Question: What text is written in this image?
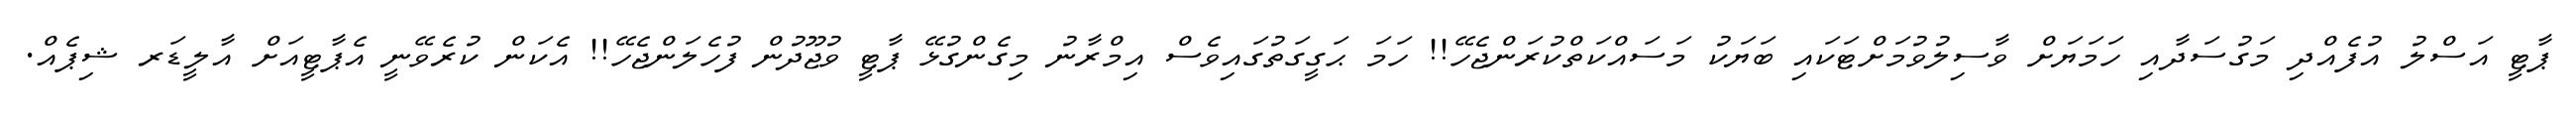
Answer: ޕާޓީ އަސްލު އުފެއްދި މަގުސަދާއި ހަމަޔަށް ވާސިލުވުމަށްޓަކައި ބަޔަކު މަސައްކަތްކުރަންޖެހޭ!! ހަމަ ޙަގީގަތުގައިވެސް އިމްރާނު މިގެންގުޅޭ ޕާޓީ ވުޖޫދުން ފުހެލަންޖެހޭ!! އެކަން ކުރެވޭނީ އެޕާޓީއަށް އާލީޑަރ ޝިޕެއް.